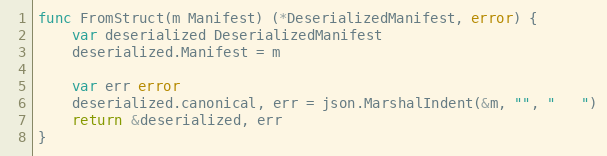
Language: Go
func FromStruct(m Manifest) (*DeserializedManifest, error) {
	var deserialized DeserializedManifest
	deserialized.Manifest = m

	var err error
	deserialized.canonical, err = json.MarshalIndent(&m, "", "   ")
	return &deserialized, err
}